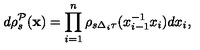
d \rho _ { s } ^ { \mathcal { P } } ( \mathbf { x } ) = \prod _ { i = 1 } ^ { n } \rho _ { s \Delta _ { i } \tau } ( x _ { i - 1 } ^ { - 1 } x _ { i } ) d x _ { i } ,